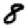
Digit: 8